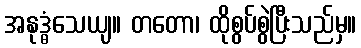
အနုဒ္ဓံသေယျ။ တတော၊ ထိုစွပ်စွဲပြီးသည်မှ။